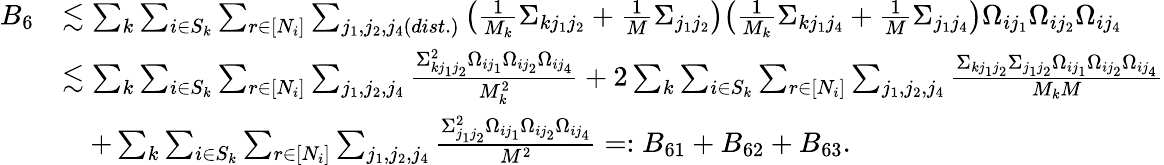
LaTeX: \begin{array}{rl}{B_{6}}&{\lesssim\sum_{k}\sum_{i\in S_{k}}\sum_{r\in[N_{i}]}\sum_{j_{1},j_{2},j_{4}(dist.)}\big(\frac{1}{M_{k}}\Sigma_{kj_{1}j_{2}}+\frac{1}{M}\Sigma_{j_{1}j_{2}}\big)\big(\frac{1}{M_{k}}\Sigma_{kj_{1}j_{4}}+\frac{1}{M}\Sigma_{j_{1}j_{4}}\big)\Omega_{ij_{1}}\Omega_{ij_{2}}\Omega_{ij_{4}}}\\ &{\lesssim\sum_{k}\sum_{i\in S_{k}}\sum_{r\in[N_{i}]}\sum_{j_{1},j_{2},j_{4}}\frac{\Sigma_{kj_{1}j_{2}}^{2}\Omega_{ij_{1}}\Omega_{ij_{2}}\Omega_{ij_{4}}}{M_{k}^{2}}+2\sum_{k}\sum_{i\in S_{k}}\sum_{r\in[N_{i}]}\sum_{j_{1},j_{2},j_{4}}\frac{\Sigma_{kj_{1}j_{2}}\Sigma_{j_{1}j_{2}}\Omega_{ij_{1}}\Omega_{ij_{2}}\Omega_{ij_{4}}}{M_{k}M}}\\ &{\quad+\sum_{k}\sum_{i\in S_{k}}\sum_{r\in[N_{i}]}\sum_{j_{1},j_{2},j_{4}}\frac{\Sigma_{j_{1}j_{2}}^{2}\Omega_{ij_{1}}\Omega_{ij_{2}}\Omega_{ij_{4}}}{M^{2}}=:B_{61}+B_{62}+B_{63}.}\end{array}